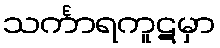
သင်္ကာရကူဋမှာ